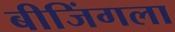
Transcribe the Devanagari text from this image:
बीजिंगला